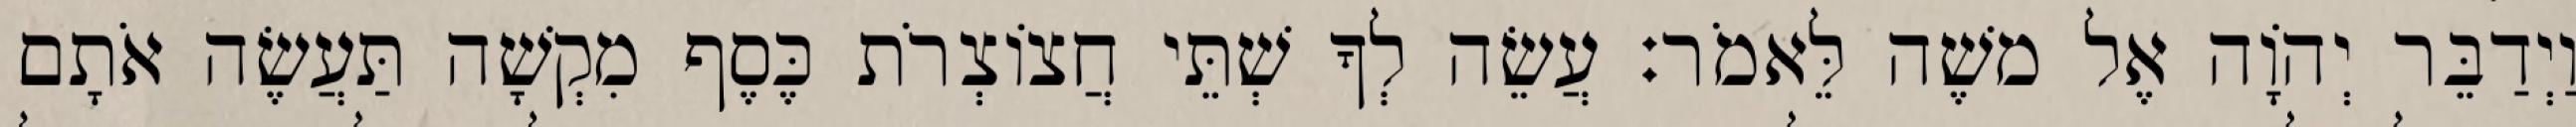
וַיְדַבֵּר יְהוָֹה אֶל משֶׁה לֵּאמֹר׃ עֲשֵׂה לְךָ שְׁתֵּי חֲצוֹצְרֹת כֶּסֶף מִקְשָׁה תַּעֲשֶׂה אֹתָם